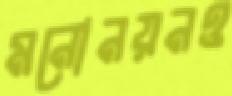
মনোনয়নও